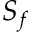
S _ { f }